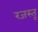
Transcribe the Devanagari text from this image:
रजस्तू